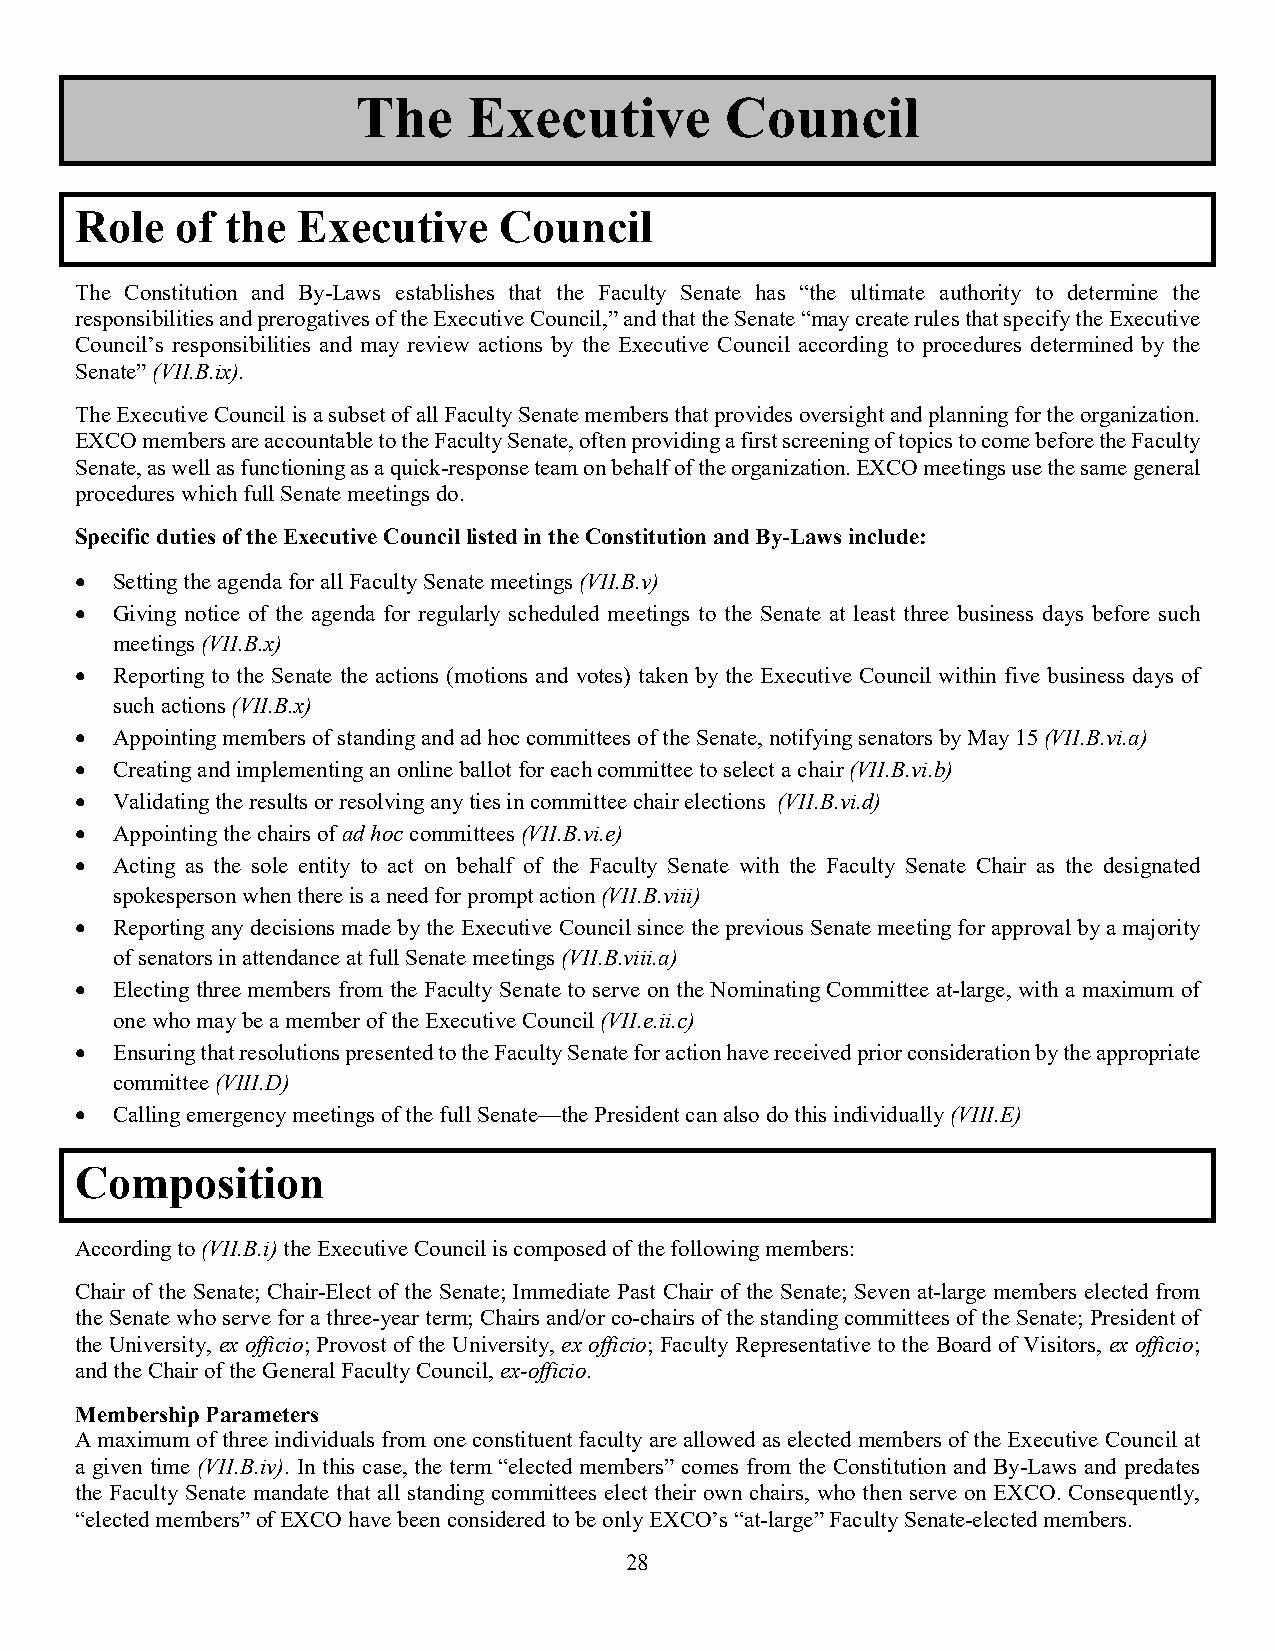
The    Executive        Council
 Role   of the  Executive    Council
 The Constitution and By-Laws establishes that the Faculty Senate has “the ultimate authority to determine the
 responsibilities and prerogatives of the Executive Council,” and that the Senate “may create rules that specify the Executive
 Council’s responsibilities and may review actions by the Executive Council according to procedures determined by the
 Senate” (VII.B.ix).
 The Executive Council is a subset of all Faculty Senate members that provides oversight and planning for the organization.
 EXCO members are accountable to the Faculty Senate, often providing a first screening of topics to come before the Faculty
 Senate, as well as functioning as a quick-response team on behalf of the organization. EXCO meetings use the same general
 procedures which full Senate meetings do.
 Specific duties of the Executive Council listed in the Constitution and By-Laws include:
 • Setting the agenda for all Faculty Senate meetings (VII.B.v)
 • Giving notice of the agenda for regularly scheduled meetings to the Senate at least three business days before such
 meetings (VII.B.x)
 • Reporting to the Senate the actions (motions and votes) taken by the Executive Council within five business days of
 such actions (VII.B.x)
 • Appointing members of standing and ad hoc committees of the Senate, notifying senators by May 15 (VII.B.vi.a)
 • Creating and implementing an online ballot for each committee to select a chair (VII.B.vi.b)
 • Validating the results or resolving any ties in committee chair elections (VII.B.vi.d)
 • Appointing the chairs of ad hoc committees (VII.B.vi.e)
 • Acting as the sole entity to act on behalf of the Faculty Senate with the Faculty Senate Chair as the designated
 spokesperson when there is a need for prompt action (VII.B.viii)
 • Reporting any decisions made by the Executive Council since the previous Senate meeting for approval by a majority
 of senators in attendance at full Senate meetings (VII.B.viii.a)
 • Electing three members from the Faculty Senate to serve on the Nominating Committee at-large, with a maximum of
 one who may be a member of the Executive Council (VII.e.ii.c)
 • Ensuring that resolutions presented to the Faculty Senate for action have received prior consideration by the appropriate
 committee (VIII.D)
 • Calling emergency meetings of the full Senate—the President can also do this individually (VIII.E)
 Composition
 According to (VII.B.i) the Executive Council is composed of the following members:
 Chair of the Senate; Chair-Elect of the Senate; Immediate Past Chair of the Senate; Seven at-large members elected from
 the Senate who serve for a three-year term; Chairs and/or co-chairs of the standing committees of the Senate; President of
 the University, ex officio; Provost of the University, ex officio; Faculty Representative to the Board of Visitors, ex officio;
 and the Chair of the General Faculty Council, ex-officio.
 Membership Parameters
 A maximum of three individuals from one constituent faculty are allowed as elected members of the Executive Council at
 a given time (VII.B.iv). In this case, the term “elected members” comes from the Constitution and By-Laws and predates
 the Faculty Senate mandate that all standing committees elect their own chairs, who then serve on EXCO. Consequently,
 “elected members” of EXCO have been considered to be only EXCO’s “at-large” Faculty Senate-elected members.
 28